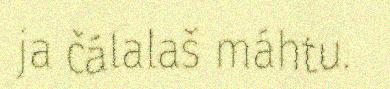
ja čálalaš máhtu.